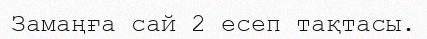
Замаңға сай 2 есеп тақтасы.